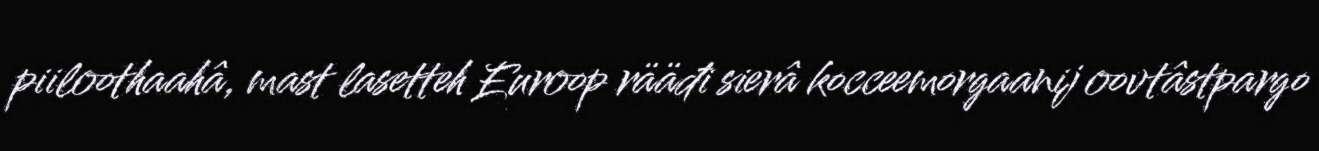
piiloothaahâ, mast lasetteh Euroop rääđi sierâ kocceemorgaanij oovtâstpargo